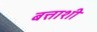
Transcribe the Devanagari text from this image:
बत्ताशी